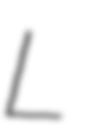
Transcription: L